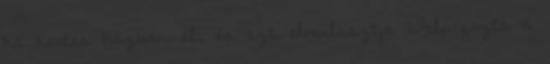
ha kertes házban él, és ezt elmulasztja 6Felpofozta a